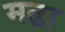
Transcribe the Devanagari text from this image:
मढा